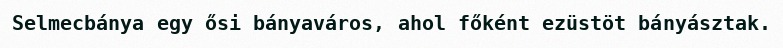
Selmecbánya egy ősi bányaváros, ahol főként ezüstöt bányásztak.